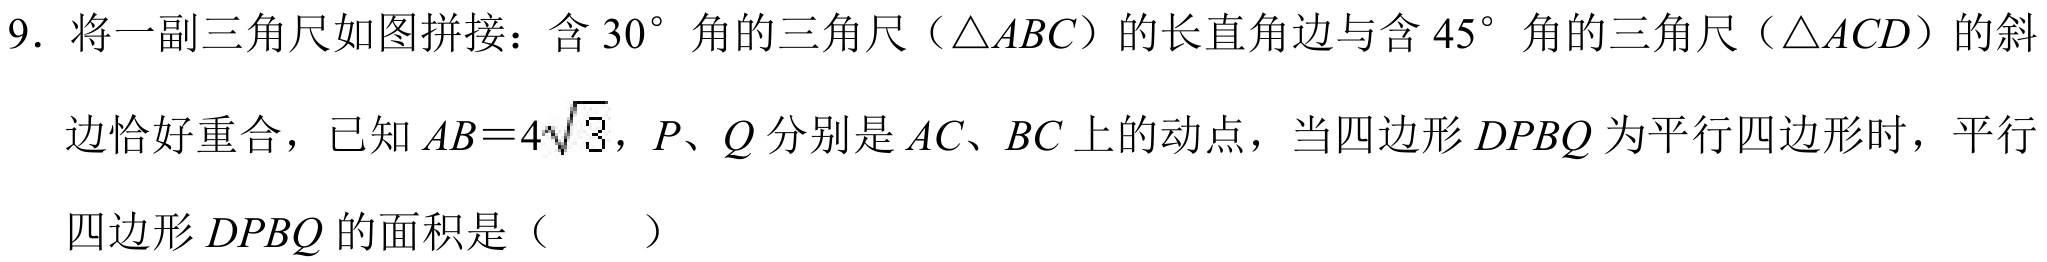
9. 将一副三角尺如图拼接：含 \(30^{\circ}\) 角的三角尺（\(\triangle ABC\)）的长直角边与含 \(45^{\circ}\) 角的三角尺（\(\triangle ACD\)）的斜
边恰好重合，已知 \(AB = 4\sqrt{3}\)，\(P、Q\) 分别是 \(AC、BC\) 上的动点，当四边形 \(DPBQ\) 为平行四边形时，平行
四边形 \(DPBQ\) 的面积是（  ）